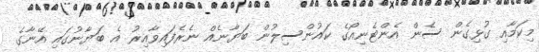
މިކަމާއި ގުޅިގެން ސެން އެންޓެނިއޯގެ ކައުންސިލުން ބަޔާނެއް ނެރެފައިވާއިރު އެ ބަޔާނުގައި އޭނާގެ